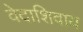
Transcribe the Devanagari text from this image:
वेदाशिवाय